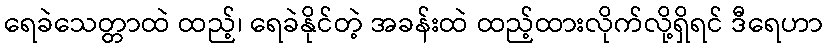
ရေခဲသေတ္တာထဲ ထည့်၊ ရေခဲနိုင်တဲ့ အခန်းထဲ ထည့်ထားလိုက်လို့ရှိရင် ဒီရေဟာ